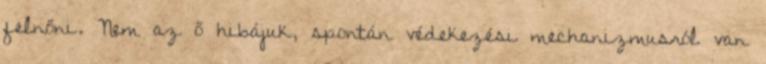
felnőni. Nem az ő hibájuk, spontán védekezési mechanizmusról van